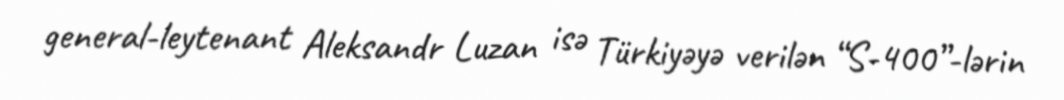
general-leytenant Aleksandr Luzan isə Türkiyəyə verilən “S-400”-lərin